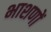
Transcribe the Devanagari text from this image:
भाशणों